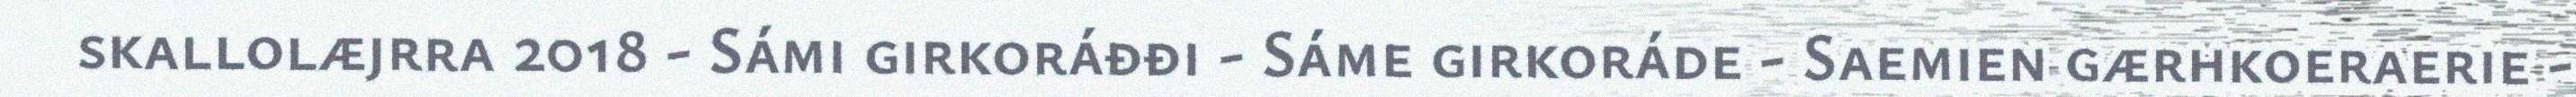
skallolæjrra 2018 - Sámi girkoráđđi - Sáme girkoráde - Saemien gærhkoeraerie -